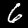
Digit: 6